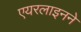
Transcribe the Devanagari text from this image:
एयरलाइनने